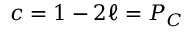
c = 1 - 2 \ell = P _ { C }